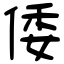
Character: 倭